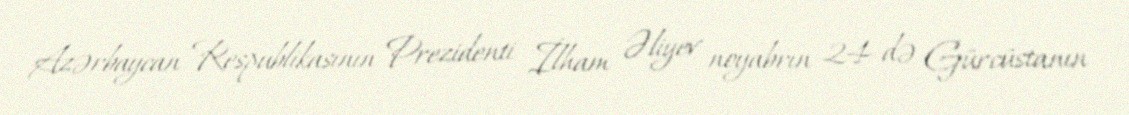
Azərbaycan Respublikasının Prezidenti İlham Əliyev noyabrın 24-də Gürcüstanın